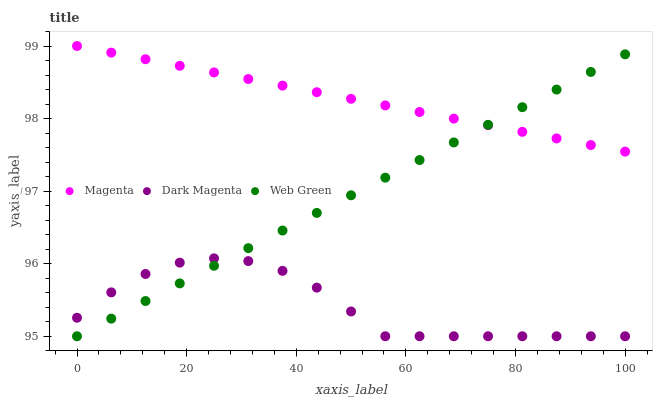
| xaxis_label | Magenta | Dark Magenta | Web Green |
 | --- | --- | --- | --- |
 | 0 | 99 | 95.3 | 95 |
 | 6.25 | 98.9 | 95.6 | 95.2 |
 | 12.5 | 98.8 | 95.9 | 95.5 |
 | 18.8 | 98.7 | 96 | 95.7 |
 | 25 | 98.6 | 96.1 | 96 |
 | 31.2 | 98.5 | 96 | 96.2 |
 | 37.5 | 98.5 | 95.9 | 96.5 |
 | 43.8 | 98.4 | 95.7 | 96.7 |
 | 50 | 98.3 | 95.3 | 96.9 |
 | 56.2 | 98.2 | 95 | 97.2 |
 | 62.5 | 98.1 | 95 | 97.4 |
 | 68.8 | 98 | 95 | 97.7 |
 | 75 | 97.9 | 95 | 97.9 |
 | 81.2 | 97.8 | 95 | 98.2 |
 | 87.5 | 97.7 | 95 | 98.4 |
 | 93.8 | 97.6 | 95 | 98.6 |
 | 100 | 97.5 | 95 | 98.9 |